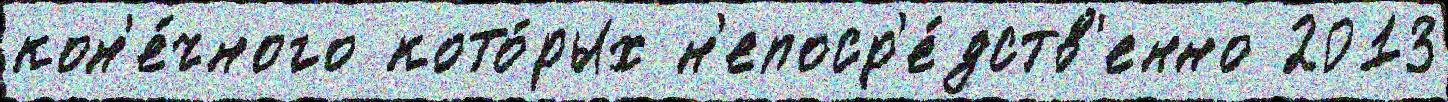
кон'е́чного кото́рых н'епоср'е́дств'енно 2013